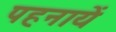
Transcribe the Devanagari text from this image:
पहनायें